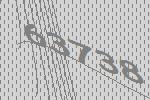
63738